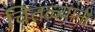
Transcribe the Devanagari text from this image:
चितळ्यांनी